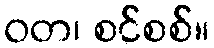
ဝတ၊ စင်စစ်။